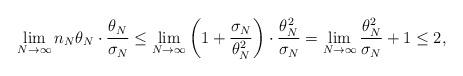
LaTeX: \begin{align*}\lim_{N \to \infty} n_N \theta_N \cdot \frac{\theta_N}{\sigma_N}\leq \lim_{N \to \infty} \left(1+\frac{\sigma_N}{\theta_N^2}\right) \cdot \frac{\theta_N^2}{\sigma_N}=\lim_{N \to \infty} \frac{\theta_N^2}{\sigma_N} +1 \leq 2, \end{align*}